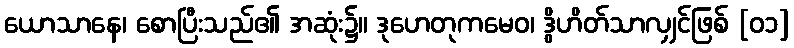
ယောသာနေ၊ စောပြီးသည်၏ အဆုံး၌။ ဒုဟေတုကမေဝ၊ ဒွိဟိတ်သာလျှင်ဖြစ် [၀၁]